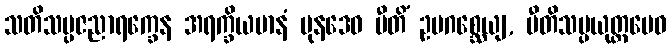
သတိသမ္ပဇညာရက္ခေန အရက္ခိယမာနံ ပုနဒေဝ ပီတိံ ဥပဂစ္ဆေယျ, ပီတိသမ္ပယုတ္တမေဝ